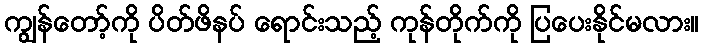
ကျွန်တော့်ကို ပိတ်ဖိနပ် ရောင်းသည့် ကုန်တိုက်ကို ပြပေးနိုင်မလား။